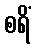
စရိံ